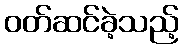
ဝတ်ဆင်ခဲ့သည့်